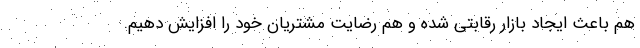
هم باعث ایجاد بازار رقابتی شده و هم رضایت مشتریان خود را افزایش دهیم.